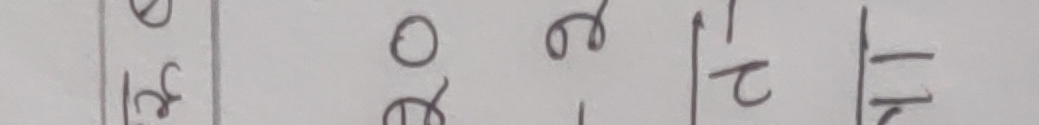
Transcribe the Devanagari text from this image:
३१  २६  २  २१